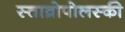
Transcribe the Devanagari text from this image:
स्ताव्रोपोलस्की